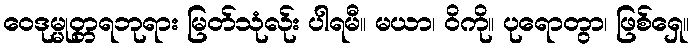
ဝေဒုမ္မုတ္တရဘုရား မြတ်သုံလ်ုး ပါရမီ။ မယာ၊ ဝိကို။ ပုရောတွာ၊ ဖြစ်ရှေ။